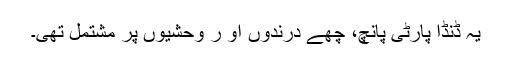
یہ ڈنڈا پارٹی پانچ، چھے درندوں او ر وحشیوں پر مشتمل تھی۔